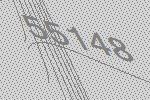
55148